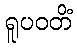
ရူပဝတိံ